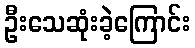
ဦးသေဆုံးခဲ့ကြောင်း